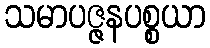
သမာပဇ္ဇနပစ္စယာ